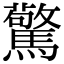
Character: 驚